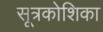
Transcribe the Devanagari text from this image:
सूत्रकोशिका